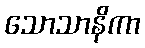
သောသာနိကာ